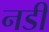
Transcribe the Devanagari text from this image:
नडी